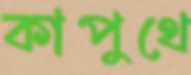
কাপুথে